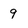
Character: q